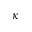
\kappa